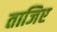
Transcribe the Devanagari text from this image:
ताजिए